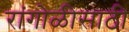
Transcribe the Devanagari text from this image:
रांगोळीसाठी